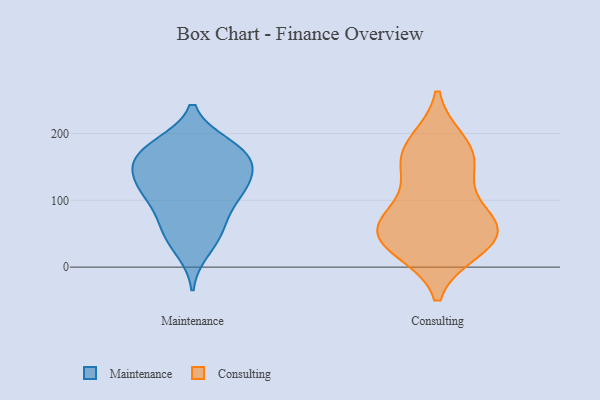
{"axis": {"x": "Shipments", "y": "Value"}, "legend": ["Consulting", "Maintenance"], "data": [{"x": "", "y": 55, "type": "Maintenance"}, {"x": "", "y": 147, "type": "Maintenance"}, {"x": "", "y": 166, "type": "Maintenance"}, {"x": "", "y": 183, "type": "Maintenance"}, {"x": "", "y": 48, "type": "Maintenance"}, {"x": "", "y": 183, "type": "Maintenance"}, {"x": "", "y": 125, "type": "Maintenance"}, {"x": "", "y": 67, "type": "Maintenance"}, {"x": "", "y": 114, "type": "Maintenance"}, {"x": "", "y": 94, "type": "Maintenance"}, {"x": "", "y": 138, "type": "Maintenance"}, {"x": "", "y": 153, "type": "Maintenance"}, {"x": "", "y": 25, "type": "Maintenance"}, {"x": "", "y": 169, "type": "Maintenance"}, {"x": "", "y": 118, "type": "Maintenance"}, {"x": "", "y": 108, "type": "Maintenance"}, {"x": "", "y": 174, "type": "Maintenance"}, {"x": "", "y": 58, "type": "Consulting"}, {"x": "", "y": 143, "type": "Consulting"}, {"x": "", "y": 157, "type": "Consulting"}, {"x": "", "y": 75, "type": "Consulting"}, {"x": "", "y": 80, "type": "Consulting"}, {"x": "", "y": 185, "type": "Consulting"}, {"x": "", "y": 175, "type": "Consulting"}, {"x": "", "y": 28, "type": "Consulting"}, {"x": "", "y": 47, "type": "Consulting"}, {"x": "", "y": 35, "type": "Consulting"}, {"x": "", "y": 48, "type": "Consulting"}]}